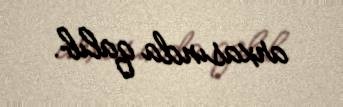
arxasında qalıb.